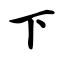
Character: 下